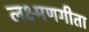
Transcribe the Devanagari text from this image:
लक्ष्मणगीता